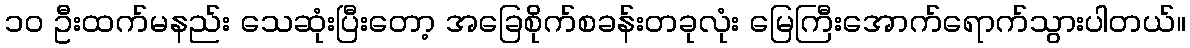
၁၀ ဦးထက်မနည်း သေဆုံးပြီးတော့ အခြေစိုက်စခန်းတခုလုံး မြေကြီးအောက်ရောက်သွားပါတယ်။